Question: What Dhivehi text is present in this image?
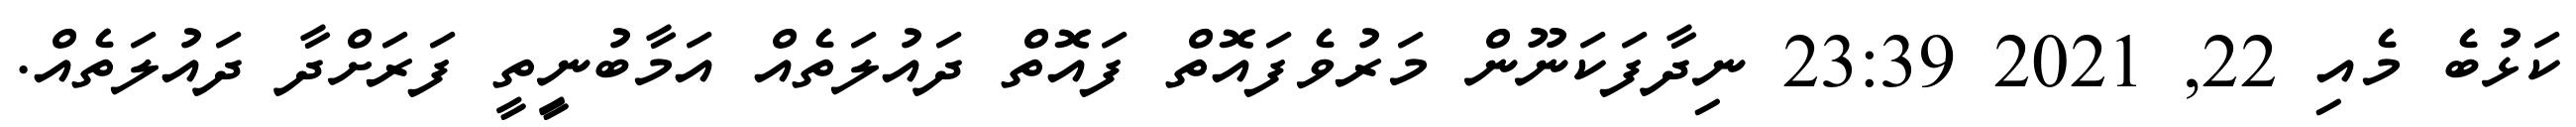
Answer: ކަޅުބެ މެއި 22, 2021 23:39 ނިދާފަކަނޫން މަރުވެފައޮތް ފައޮތް ދައުލަތެއް އަމާބުނީިތީ ފަރަށްދާ ދައުލަތެއް.